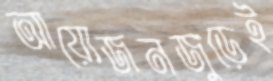
আয়োজনজুড়েই